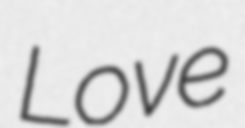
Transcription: Love